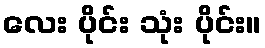
လေး ပိုင်း သုံး ပိုင်း။